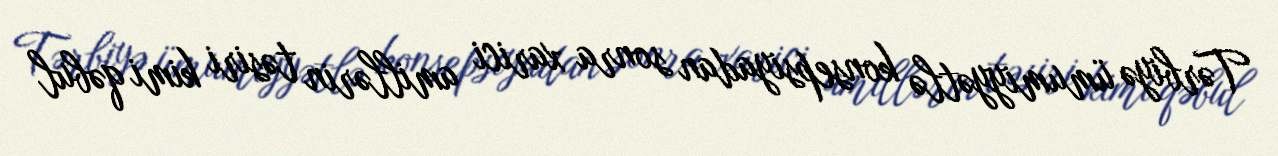
Tərbiyə ümumiyyətlə konsepsiyadan sonra xarici amillərin təsiri kimi qəbul